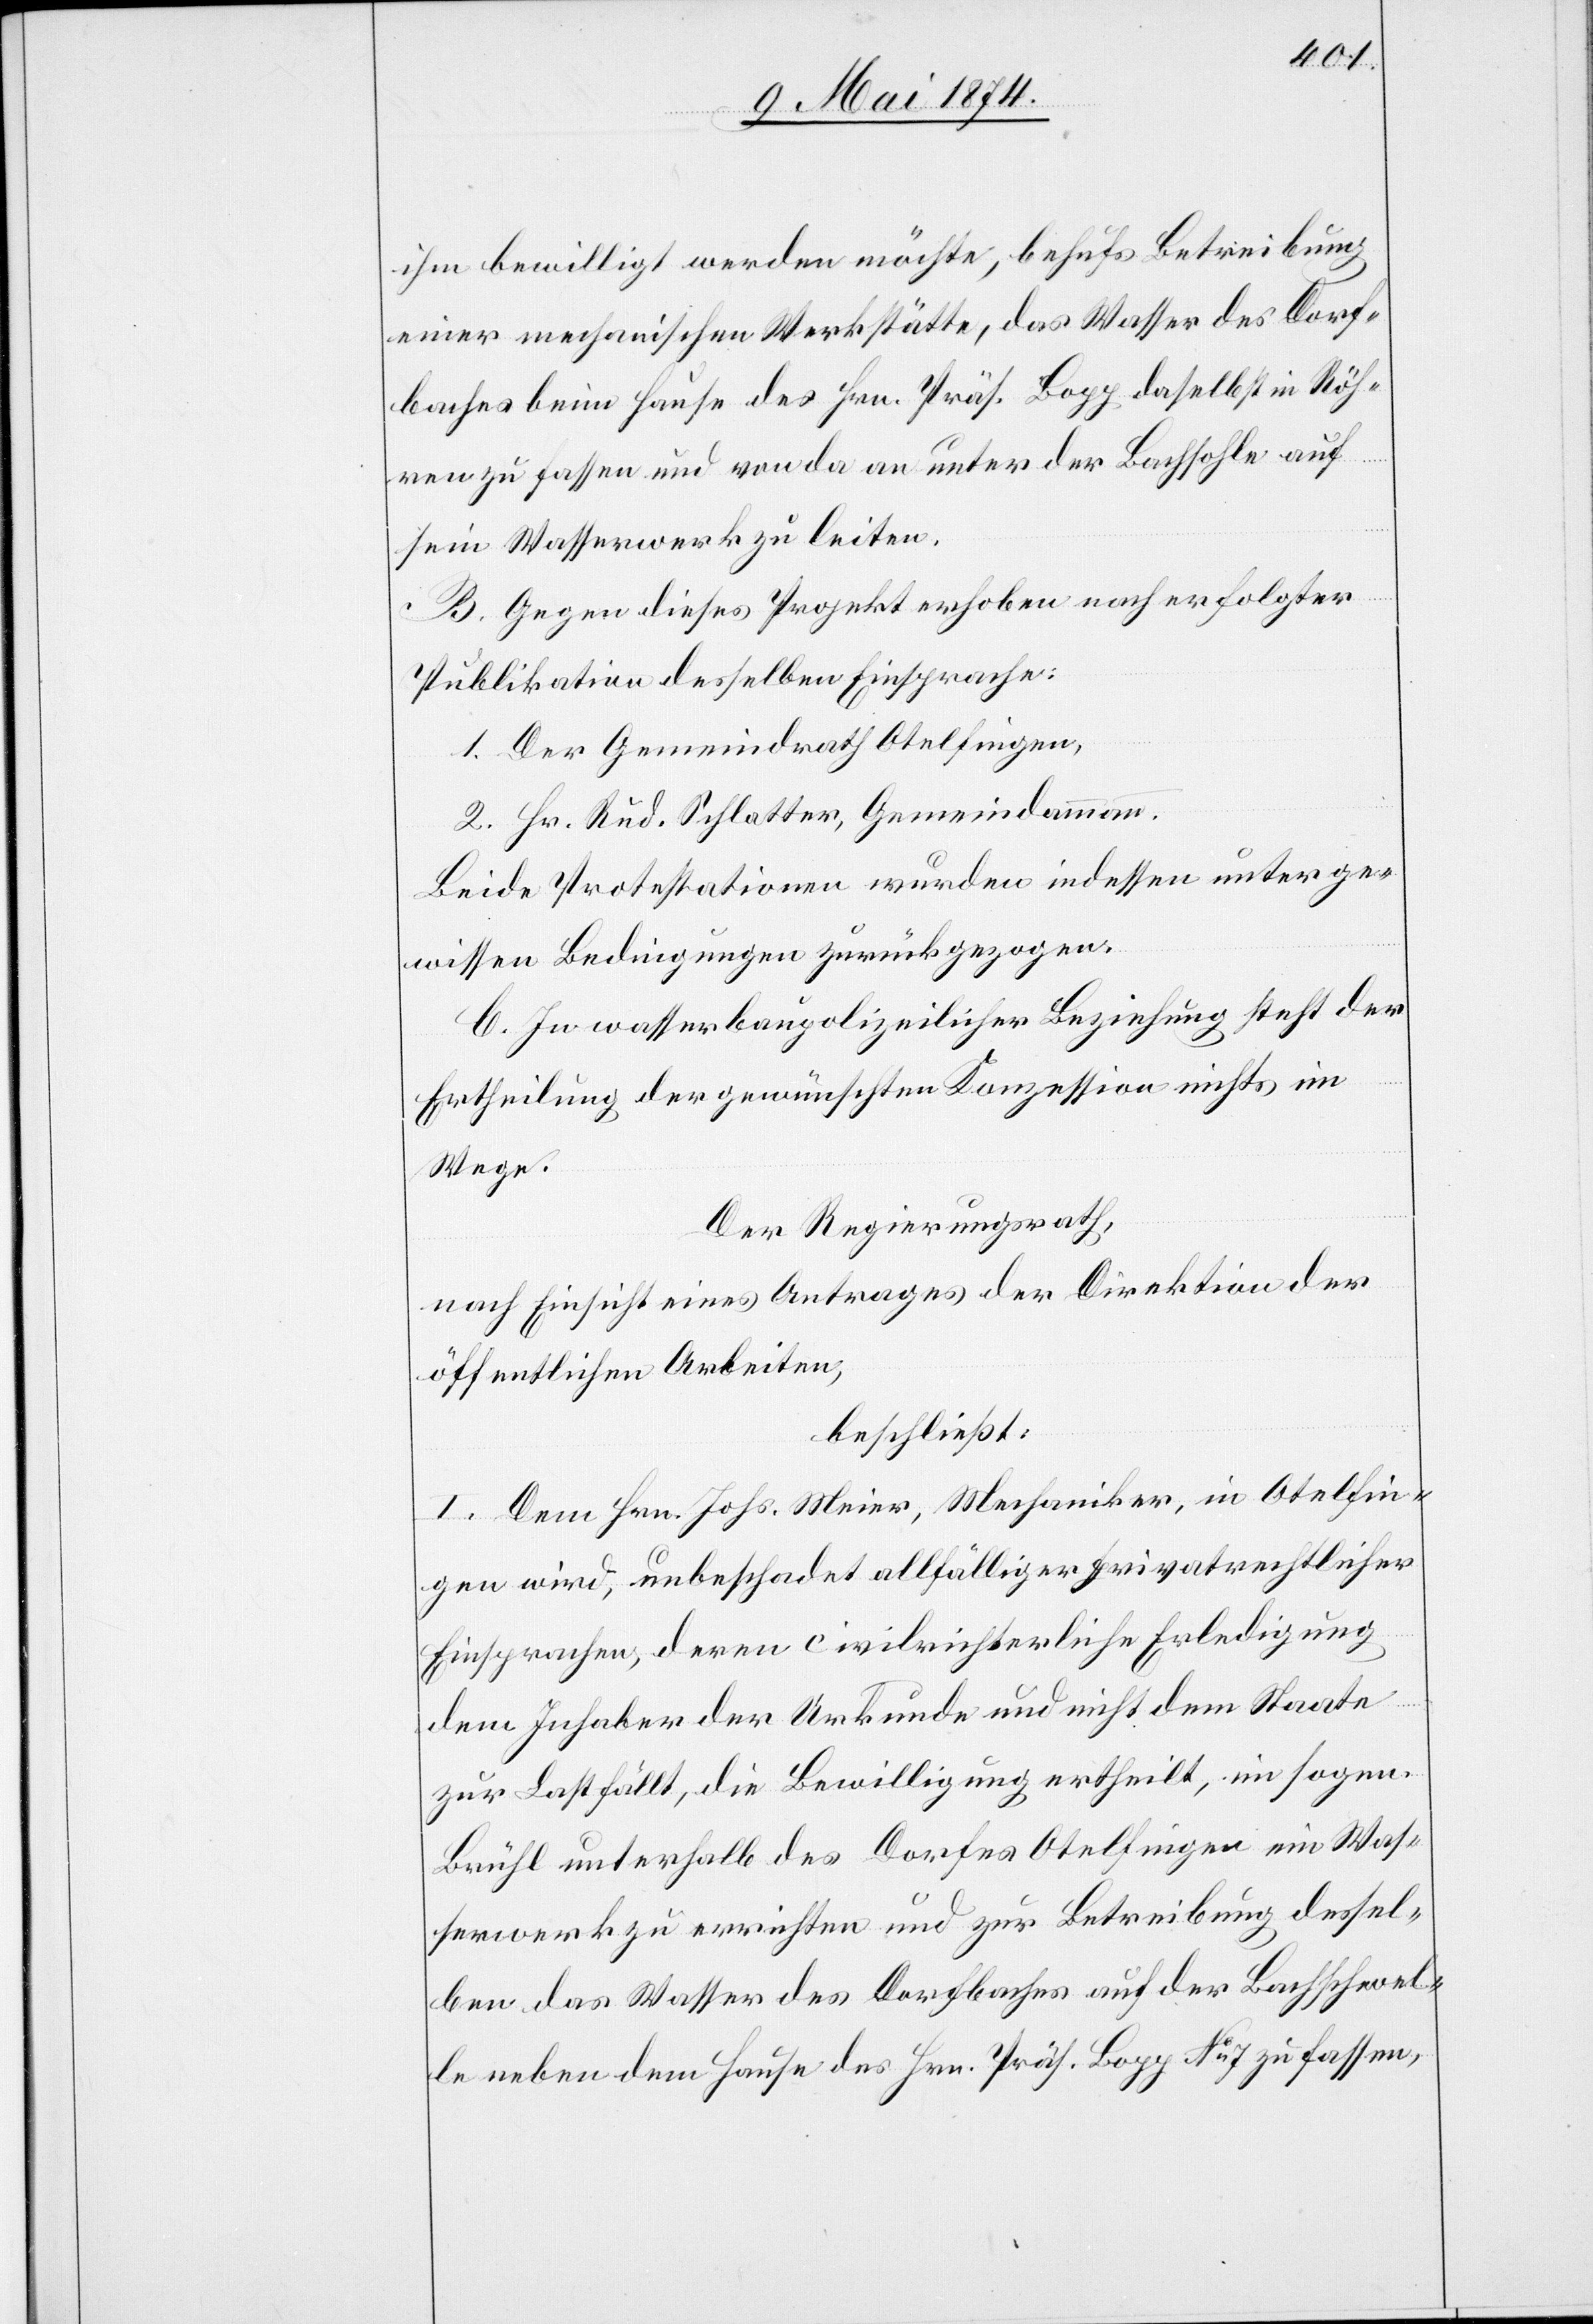
ihm bewilligt werden möchte, behufs Betreibung
einer mechanischen Werkstätte, das Wasser des Dorf¬
baches beim Hause des Hrn. Präs. Bopp daselbst in Röh¬
ren zu fassen und von da an unter der Bachsohle auf
sein Wasserwerk zu leiten.
B. Gegen dieses Projekt erhoben nach erfolgter
Publikation desselben Einsprache:
1. Der Gemeindrath Otelfingen,
2. Hr. Rud. Schlatter, Gemeindammann.
Beide Protestationen wurden indessen unter ge¬
wissen Bedingungen zurückgezogen.
C. In wasserbaupolizeilicher Beziehung steht der
Ertheilung der gewünschten Konzession nichts im
Wege.
Der Regierungsrath,
nach Einsicht eines Antrages der Direktion der
öffentlichen Arbeiten,
beschließt:
I. Dem Hrn. Johs. Meier, Mechaniker, in Otelfin¬
gen wird, unbeschadet allfälliger Privatrechtlicher
Einsprache, deren civilrichterliche Erledigung
dem Inhaber der Urkunde und nicht dem Staate
zur Last fällt, die Bewilligung ertheilt, im sogen.
Brühl unterhalb des Dorfes Otelfingen ein Was¬
serwerk zu errichten und zur Betreibung dessel¬
ben das Wasser des Dorfbaches auf der Bachschwel¬
le neben dem Hause des Hrn. Präs. Bopp No 7 zu fassen,